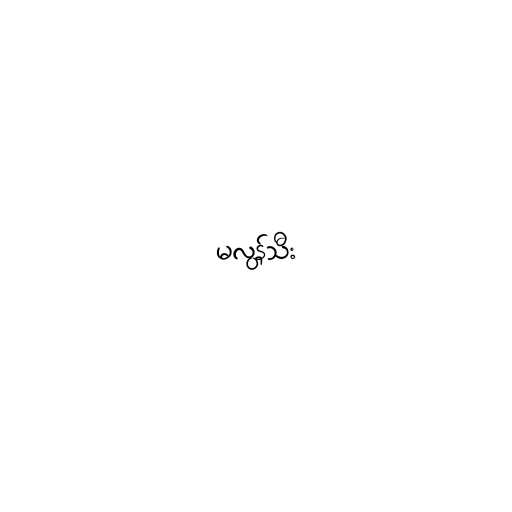
မလွန်သီး